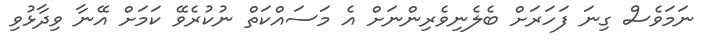
ނަމަވެސް ގިނަ ފަހަރަށް ބެލެނިވެރިންނަށް އެ މަސައްކަތް ނުކުރެވޭ ކަމަށް އޭނާ ވިދާޅުވި